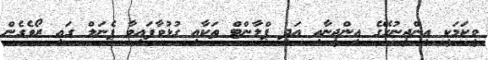
ވީކަމަކީ އިންޖީނުގޭގެ އިންޖީނާއި އަދި ޕްލާންޓް ތަކާއި ގުޅުވާފައިވާ ޕެނަލް ގައި ރޯވެގެން